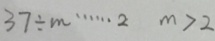
3 7 \div m \cdots 2 m > 2